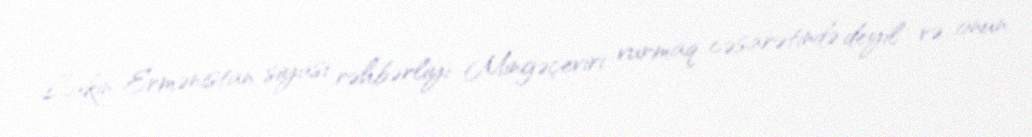
Lakin Ermənistan siyasi rəhbərliyi Mingəçeviri vurmaq cəsarətində deyil və onun